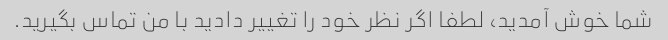
شما خوش آمدید، لطفا اگر نظر خود را تغییر دادید با من تماس بگیرید.